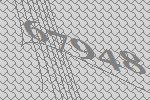
67948